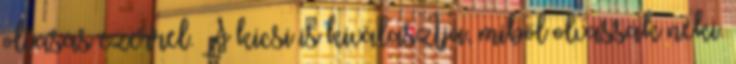
olvasás ezerrel. A kicsi is kiválasztja, miből olvassak neki.